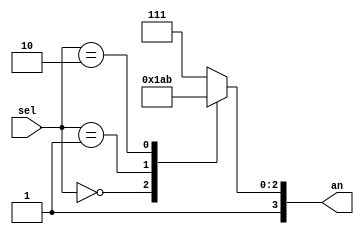
module Decoder2to4_s(an, sel);

    input [1:0] sel; 

    output reg [3:0] an; 

    always @(sel) begin
        case (sel)
            2'b00 : an = 4'b1110; 
            2'b01 : an = 4'b1101; 
            2'b10 : an = 4'b1011;  
            default: 
            an = 4'b1111;
        endcase
    end
    
endmodule